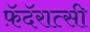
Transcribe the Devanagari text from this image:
फ़ॅदॅरात्सी